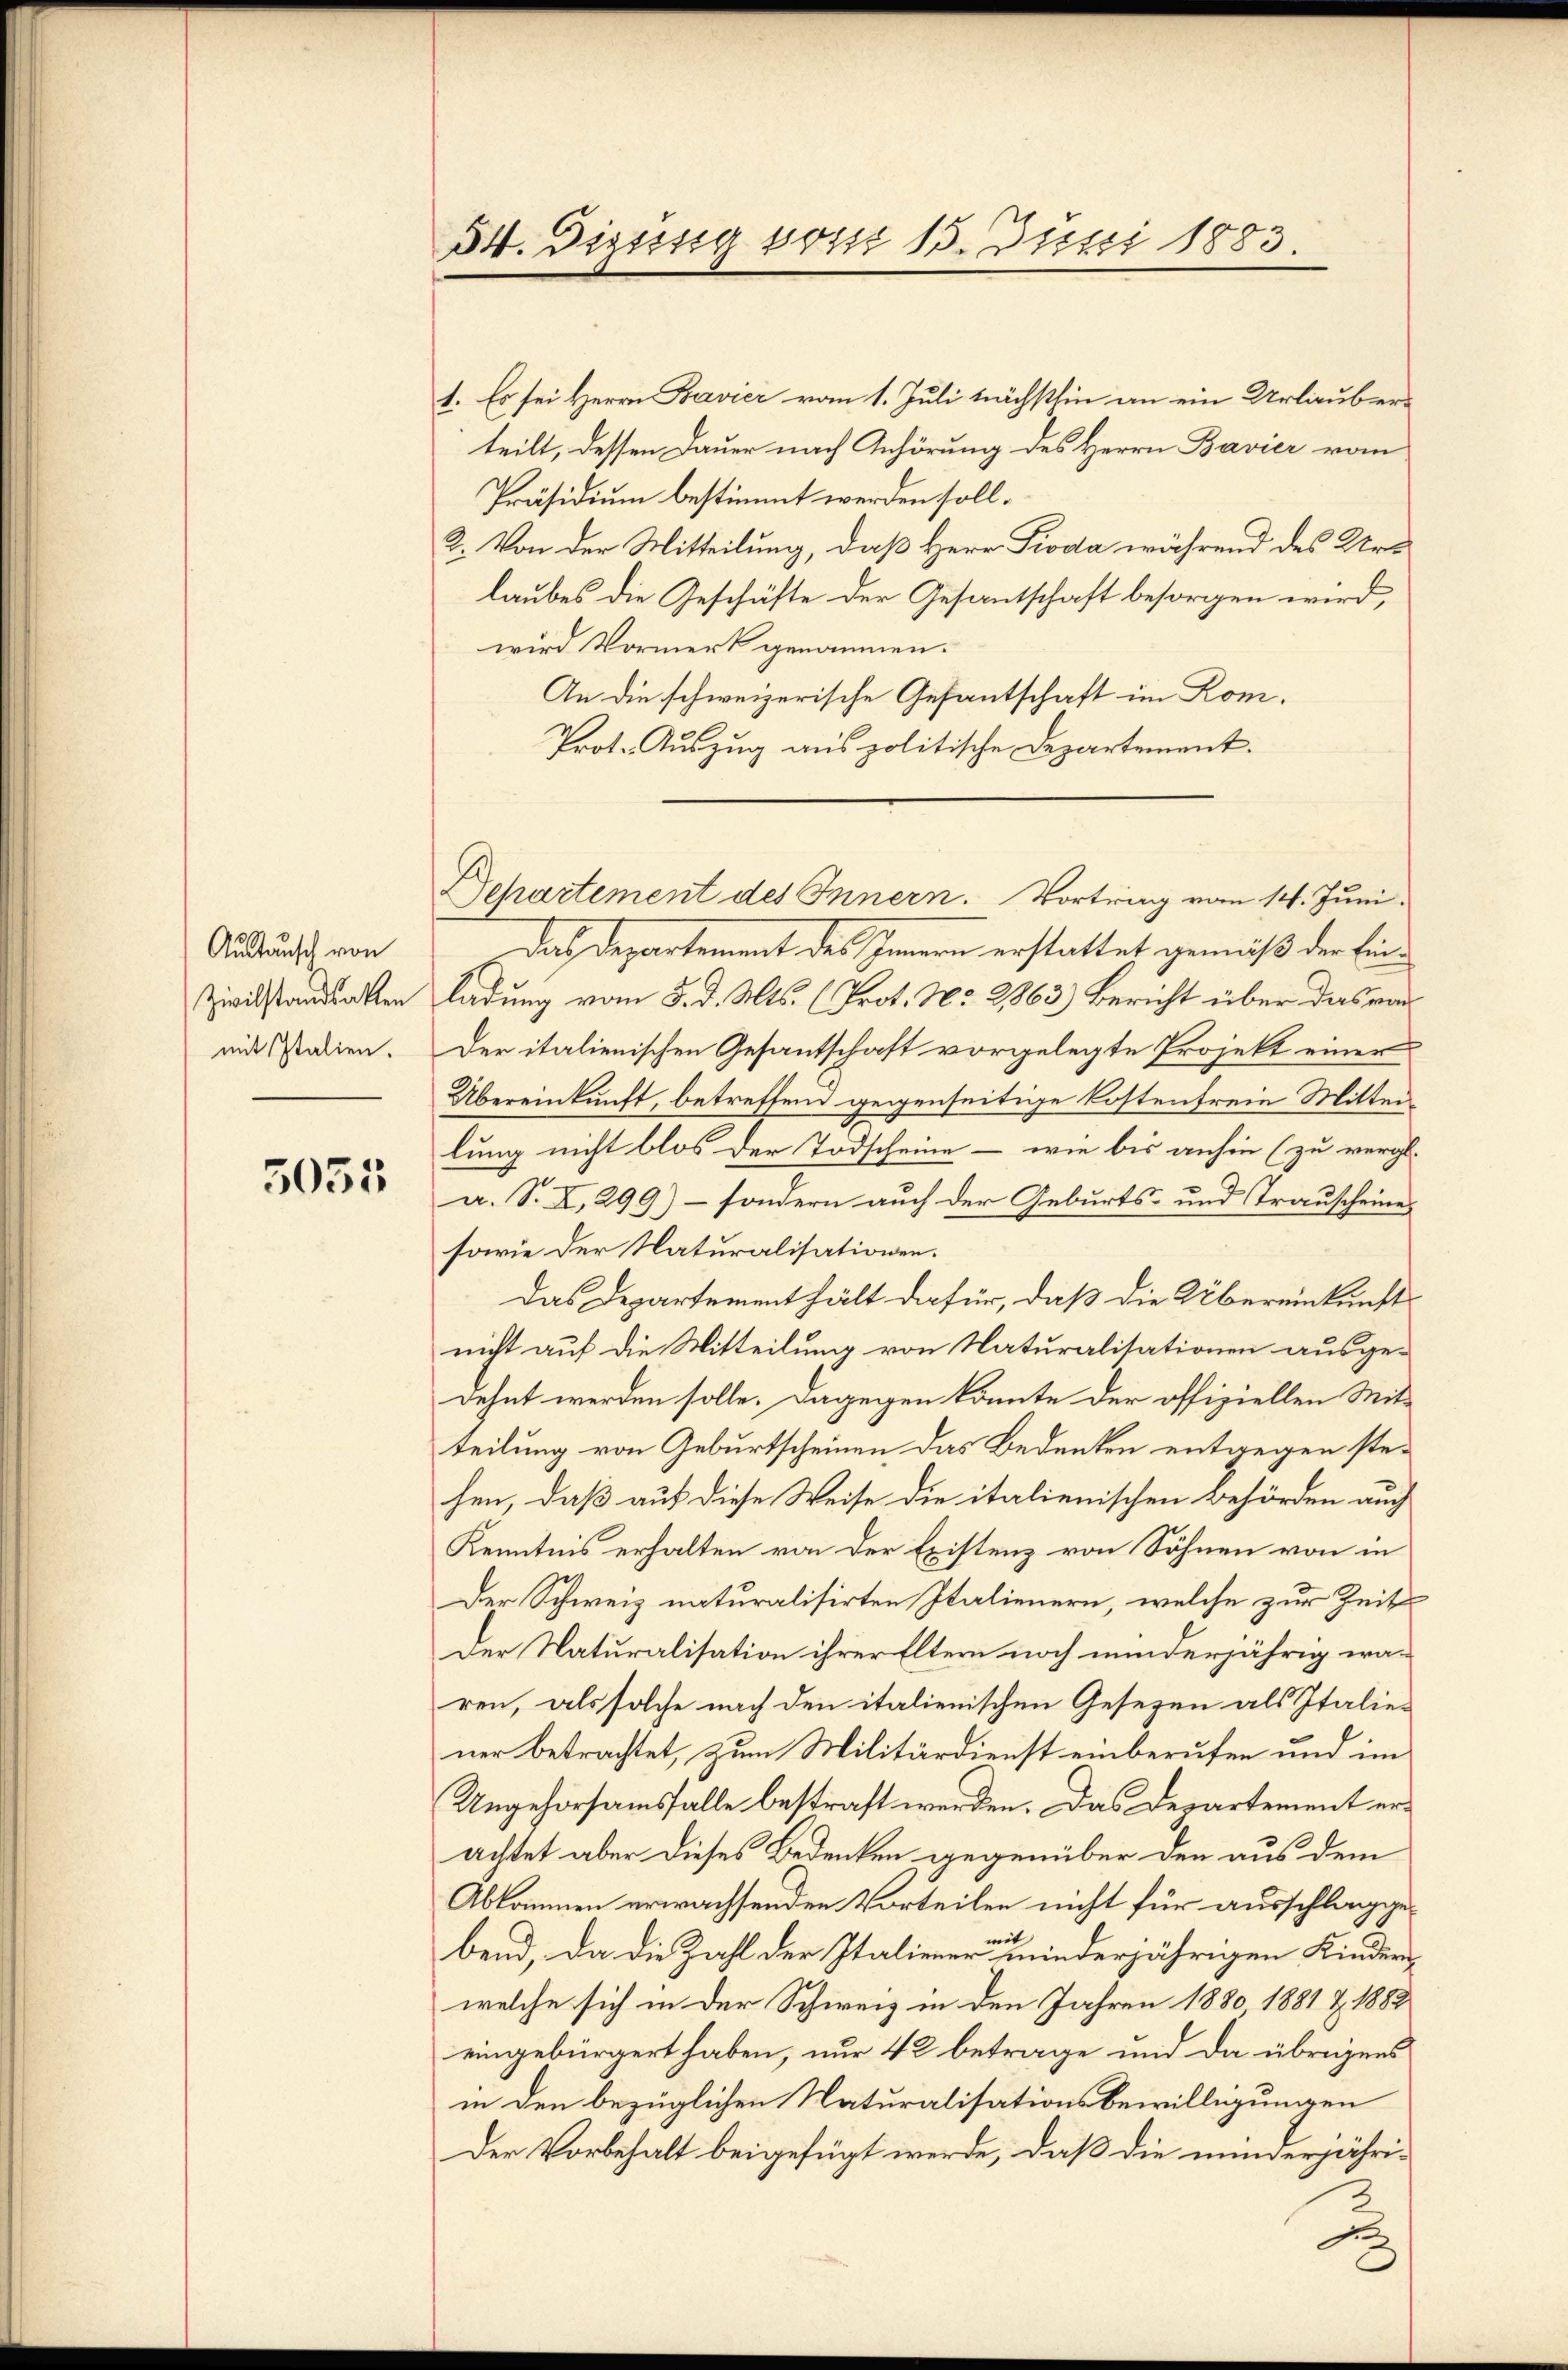
Austausch von
mit Italien.

5055

1. Es sei Herrn Bavier vom 1. Juli nächsthin an ein Urlauberteilt, dessen Dauer nach Anhörung des Herrn Bavier vom
Präsidium bestimmt werden soll.
2. Von der Mitteilung, daß Herr Pioda während des Urlaubes die Geschäfte der Gesantschaft besorgen wird,
wird Vormerk genommen.
An die schweizerische Gefantschaft im Kom¬
Prot. Auszug aus politische Departement.
Das Departement des Innern erstattet gemäß der Ein¬
Zivilstandsakten ladung vom 5. d. Mts. (Prot. No 2863) Bericht über das vor
Der italienischen Gesantschaft vorgelegte Projekt einer
Übereinkunft, betreffend gegenseitige Kostenfreie Mitter
lung nicht blos der Todscheine - wie bis anhin (zu vergl.
a. S. X.299) – sondern auch der Geburts- und Trauscheines
sowie der Naturalisationen.
Das Departementhält dafür, daß die Übereinkunft
nicht auf die Mitteilung von Naturalisationen ausge-
dehnt werden solle. Dagegen könnte der offiziellen Mit-
teilung von Geburtscheinen das Bedenken entgegen stehen, daß auf diese Weise die italienischen Behörden auch
Kenntnis erhalten von der Existenz von Söhnen von in
Der Schweiz naturalisirten Italienern, welche zur Zeit
Der Naturalisation ihrer Eltern noch minderjährig wa-
ren, als solche nach den italienischen Gesezen als Italie-
ner betrachtet, zum Militärdienst einberufen und im
Ungehorsamsfalle bestraft werden. Das Departement erachtet aber dieses Bedenken gegenüber den aus dem
Abkommen erwachsenden Vorteilen nicht für ausschlaggebend, da die Zahl der Italiener niederjährigen Kindern
welche sich in der Schweiz in den Jahren 1880, 1881 & 1882
eingebürgert haben, nur 42 betrage und da übrigens
in den bezüglichen Naturalisationsbewilligungen
Der Vorbehalt beigefügt werde, daß die minderjähri-
x

54. Dipässig von 15. Juni 1883.

Departement des Innern. Vortrag vom 14. Juni